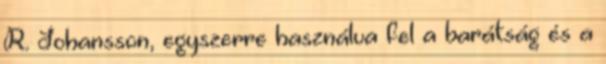
R. Johansson, egyszerre használva fel a barátság és a